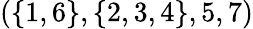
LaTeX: (\{ 1,6\} ,\{ 2,3,4\} ,5,7)